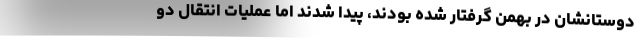
دوستانشان در بهمن گرفتار شده بودند، پیدا شدند اما عملیات انتقال دو